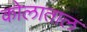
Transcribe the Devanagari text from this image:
कोलाताल